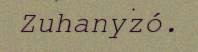
Zuhanyzó.